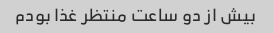
بیش از دو ساعت منتظر غذا بودم